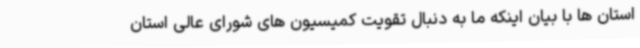
استان ها با بیان اینکه ما به دنبال تقویت کمیسیون های شورای عالی استان